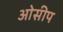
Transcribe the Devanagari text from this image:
ओसीप